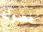
فصول